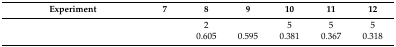
<table><thead><tr><td><b>Experiment</b></td><td><b>7</b></td><td><b>8</b></td><td><b>9</b></td><td><b>10</b></td><td><b>11</b></td><td><b>12</b></td></tr></thead><tbody><tr><td>[EMPTY_CELL]</td><td>[EMPTY_CELL]</td><td>2</td><td>[EMPTY_CELL]</td><td>5</td><td>5</td><td>5</td></tr><tr><td>[EMPTY_CELL]</td><td>[EMPTY_CELL]</td><td>0.605</td><td>0.595</td><td>0.381</td><td>0.367</td><td>0.318</td></tr></tbody></table>